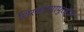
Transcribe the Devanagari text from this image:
शिरकाणापुरत्या